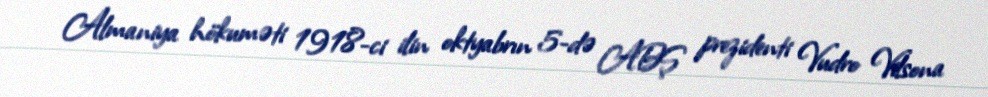
Almaniya hökuməti 1918-ci ilin oktyabrın 5-də ABŞ prezidenti Vudro Vilsona